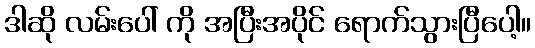
ဒါဆို လမ်းပေါ် ကို အပြီးအပိုင် ရောက်သွားပြီပေါ့။